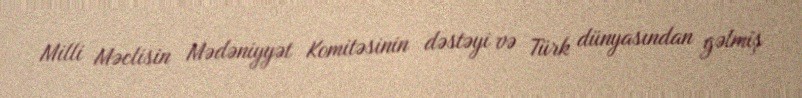
Milli Məclisin Mədəniyyət Komitəsinin dəstəyi və Türk dünyasından gəlmiş